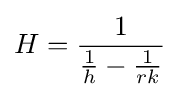
H={1 \over {1 \over h}-{1 \over rk}}